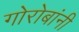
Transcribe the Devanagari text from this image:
गोरोबांनी